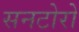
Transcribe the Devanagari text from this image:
सनटोरो